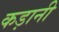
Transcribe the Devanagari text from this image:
कड़ानी